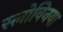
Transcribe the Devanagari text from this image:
स्लोवेिनया